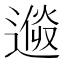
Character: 𨕩